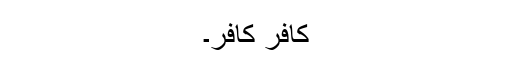
کافر کافر۔